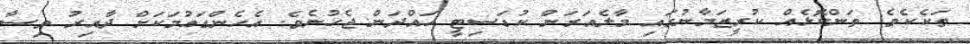
ތަކެކެވެ. ތަންކޮޅެއް ކުރީޒަމާނުގައި މާލެއަރަން ކުޑަސިޓީ ހައްދަން ޖެހުނެވެ. އެހެންގައުމަކަށް ދާއިރު ވިސާ